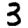
Digit: 3